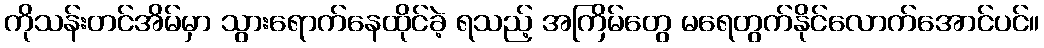
ကိုသန်းတင်အိမ်မှာ သွားရောက်နေထိုင်ခဲ့ ရသည့် အကြိမ်တွေ မရေတွက်နိုင်လောက်အောင်ပင်။